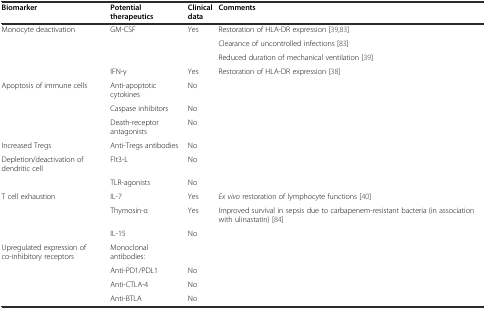
<table><thead><tr><td><b>Biomarker</b></td><td><b>Potential therapeutics</b></td><td><b>Clinical data</b></td><td><b>Comments</b></td></tr></thead><tbody><tr><td>Monocyte deactivation</td><td>GM-CSF</td><td>Yes</td><td>Restoration of HLA-DR expression [39,83]</td></tr><tr><td></td><td></td><td></td><td>Clearance of uncontrolled infections [83]</td></tr><tr><td></td><td></td><td></td><td>Reduced duration of mechanical ventilation [39]</td></tr><tr><td></td><td>IFN-γ</td><td>Yes</td><td>Restoration of HLA-DR expression [38]</td></tr><tr><td>Apoptosis of immune cells</td><td>Anti-apoptotic cytokines</td><td>No</td><td></td></tr><tr><td></td><td>Caspase inhibitors</td><td>No</td><td></td></tr><tr><td></td><td>Death-receptor antagonists</td><td>No</td><td></td></tr><tr><td>Increased Tregs</td><td>Anti-Tregs antibodies</td><td>No</td><td></td></tr><tr><td>Depletion/deactivation of dendritic cell</td><td>Flt3-L</td><td>No</td><td></td></tr><tr><td></td><td>TLR-agonists</td><td>No</td><td></td></tr><tr><td>T cell exhaustion</td><td>IL-7</td><td>Yes</td><td><i>Ex vivo</i> restoration of lymphocyte functions [40]</td></tr><tr><td></td><td>Thymosin-α</td><td>Yes</td><td>Improved survival in sepsis due to carbapenem-resistant bacteria (in association with ulinastatin) [84]</td></tr><tr><td></td><td>IL-15</td><td>No</td><td></td></tr><tr><td>Upregulated expression of co-inhibitory receptors</td><td>Monoclonal antibodies:</td><td></td><td></td></tr><tr><td></td><td>Anti-PD1/PDL1</td><td>No</td><td></td></tr><tr><td></td><td>Anti-CTLA-4</td><td>No</td><td></td></tr><tr><td></td><td>Anti-BTLA</td><td>No</td><td></td></tr></tbody></table>